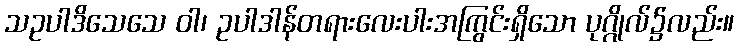
သဥပါဒိသေသေ ဝါ၊ ဥပါဒါန်တရားလေးပါးအကြွင်းရှိသော ပုဂ္ဂိုလ်၌လည်း။